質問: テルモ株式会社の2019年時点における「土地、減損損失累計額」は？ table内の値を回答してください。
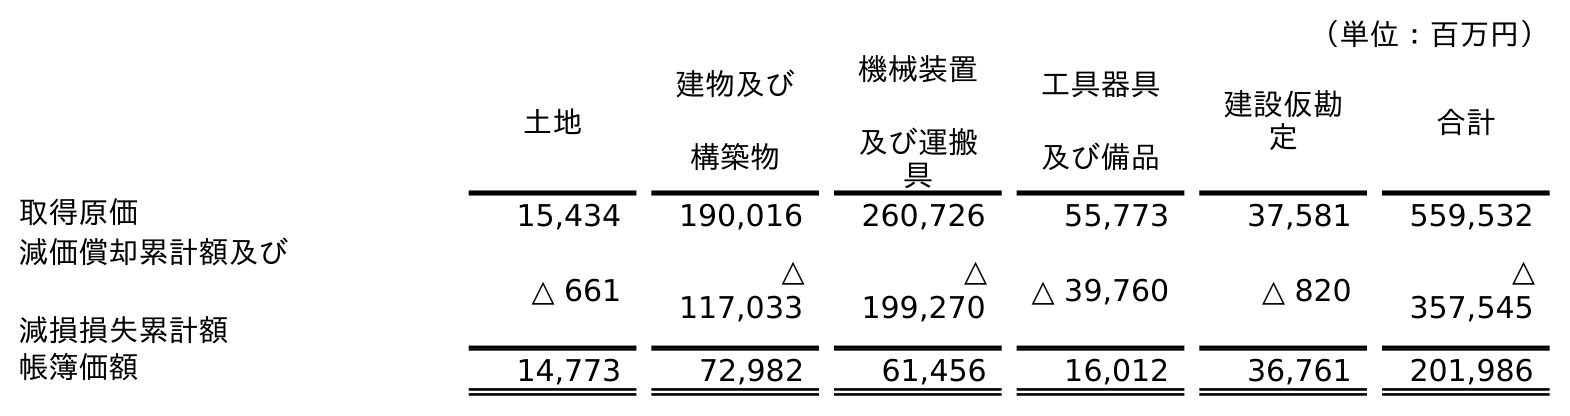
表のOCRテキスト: （単位：百万円） 土地 建物及び 構築物 機械装置 及び運搬 具 工具器具 及び備品 建設仮勘 定 合計 取得原価 15,434 190,016 260,726 55,773 37,581 559,532 減価償却累計額及び 減損損失累計額 △ 661 △ 117,033 △ 199,270 △ 39,760 △ 820 △ 357,545 帳簿価額 14,773 72,982 61,456 16,012 36,761 201,986
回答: △661